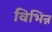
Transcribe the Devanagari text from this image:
विभिन्न